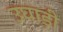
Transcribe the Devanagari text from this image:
उघाड़ी